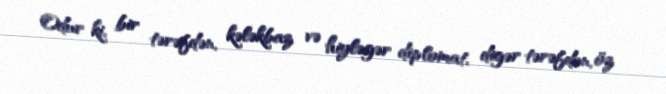
Odur ki, bir tərəfdən, kələkbaz və hiyləgər diplomat, digər tərəfdən, öz